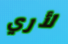
لأري